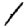
Digit: 1